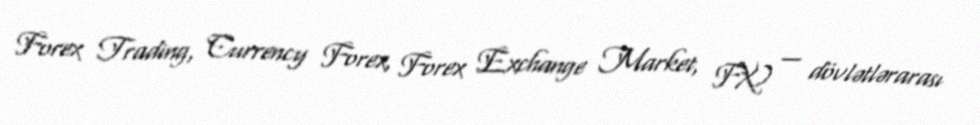
Forex Trading, Currency Forex, Forex Exchange Market, FX) — dövlətlərarası